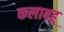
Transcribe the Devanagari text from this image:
कलाबहू